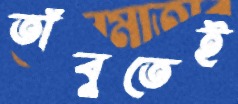
তাঁবুতেই